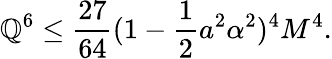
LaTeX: {\mathbb{Q}}^{6}\leq\frac{{27}}{{64}}(1-\frac{1}{2}a^{2}\alpha^{2})^{4}M^{4}.